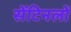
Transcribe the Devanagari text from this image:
सेंटिनलों